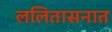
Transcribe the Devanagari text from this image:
ललितासनात